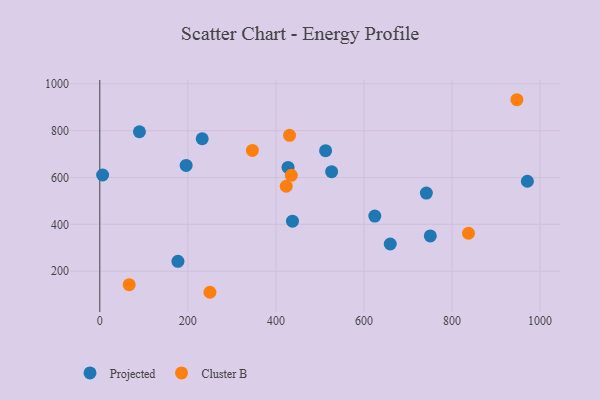
{"axis": {"x": "Engine Size", "y": "Yield"}, "legend": ["Cluster B", "Projected"], "data": [{"x": "659.8", "y": 315.9, "type": "Projected"}, {"x": "427.6", "y": 642.7, "type": "Projected"}, {"x": "196.1", "y": 651.6, "type": "Projected"}, {"x": "90.0", "y": 795.1, "type": "Projected"}, {"x": "971.3", "y": 583.8, "type": "Projected"}, {"x": "741.8", "y": 533.3, "type": "Projected"}, {"x": "750.8", "y": 350.2, "type": "Projected"}, {"x": "437.7", "y": 413.3, "type": "Projected"}, {"x": "526.6", "y": 624.6, "type": "Projected"}, {"x": "624.7", "y": 435.3, "type": "Projected"}, {"x": "6.4", "y": 610.6, "type": "Projected"}, {"x": "512.9", "y": 714.3, "type": "Projected"}, {"x": "232.6", "y": 765.3, "type": "Projected"}, {"x": "177.5", "y": 242.1, "type": "Projected"}, {"x": "66.7", "y": 142.4, "type": "Cluster B"}, {"x": "435.0", "y": 609.2, "type": "Cluster B"}, {"x": "250.2", "y": 109.8, "type": "Cluster B"}, {"x": "346.6", "y": 715.6, "type": "Cluster B"}, {"x": "431.0", "y": 780.0, "type": "Cluster B"}, {"x": "837.5", "y": 361.9, "type": "Cluster B"}, {"x": "947.5", "y": 931.9, "type": "Cluster B"}, {"x": "423.5", "y": 562.4, "type": "Cluster B"}]}